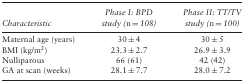
<table><thead><tr><td><b>Characteristic</b></td><td><b>Phase I: BPD study (<i>n</i> = 108)</b></td><td><b>Phase II: TT/TV study (<i>n</i> = 100)</b></td></tr></thead><tbody><tr><td>Maternal age (years)</td><td>30 ± 4</td><td>30 ± 5</td></tr><tr><td>BMI (kg/m<sup>2</sup>)</td><td>23.3 ± 2.7</td><td>26.9 ± 3.9</td></tr><tr><td>Nulliparous</td><td>66 (61)</td><td>42 (42)</td></tr><tr><td>GA at scan (weeks)</td><td>28.1 ± 7.7</td><td>28.0 ± 7.2</td></tr></tbody></table>